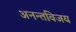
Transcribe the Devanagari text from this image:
अनन्तविजय